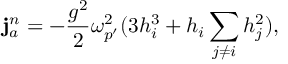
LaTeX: { \bf j } _ { a } ^ { n } = - { \frac { g ^ { 2 } } { 2 } } \omega _ { p ^ { \prime } } ^ { 2 } ( 3 h _ { i } ^ { 3 } + h _ { i } \sum _ { j \not = i } h _ { j } ^ { 2 } ) ,